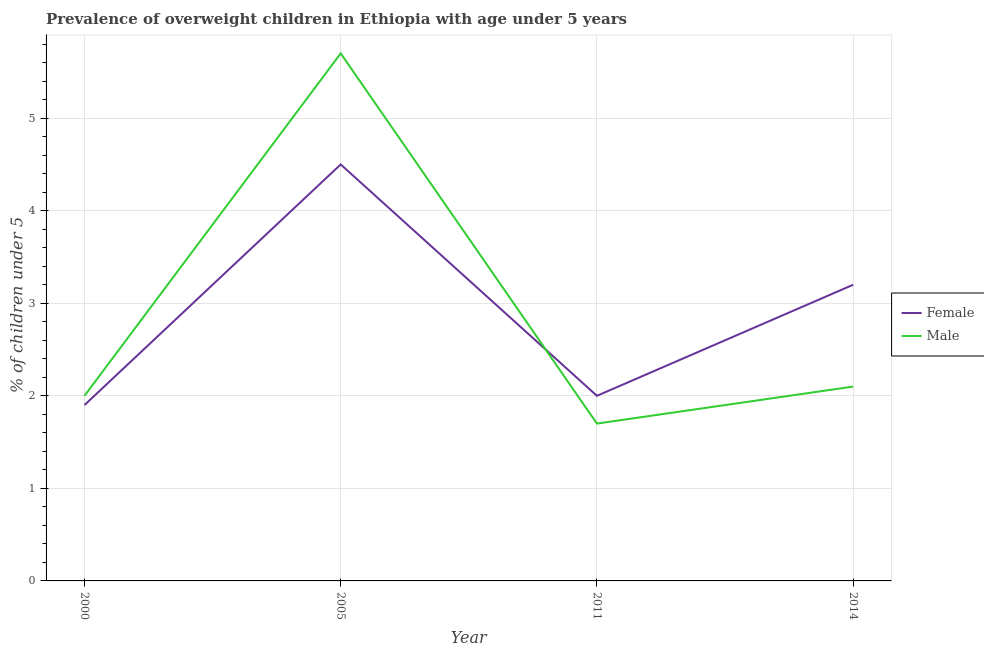
| Year | Female | Male |
 | --- | --- | --- |
 | 2000 | 1.9 | 2 |
 | 2005 | 4.5 | 5.7 |
 | 2011 | 2 | 1.7 |
 | 2014 | 3.2 | 2.1 |